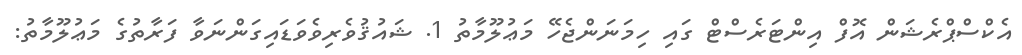
އެކްސްޕްރެޝަން އޮފް އިންޓަރެސްޓް ގައި ހިމަނަންޖެހޭ މަޢުލޫމާތު 1. ޝައުޤުވެރިވެވަޑައިގަންނަވާ ފަރާތުގެ މަޢުލޫމާތު: